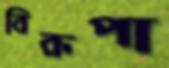
বিরূপা